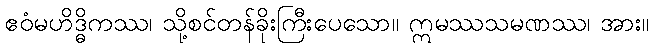
ဧဝံမဟိဒ္ဓိကဿ၊ သို့စင်တန်ခိုးကြီးပေသော။ ဣမဿသမဏဿ၊ အား။